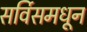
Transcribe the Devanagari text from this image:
सर्विसमधून